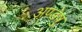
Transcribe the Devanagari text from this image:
अण्डेषु